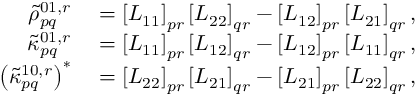
\begin{array} { r l } { \tilde { \rho } _ { p q } ^ { 0 1 , r } } & { { } = \left[ L _ { 1 1 } \right] _ { p r } \left[ L _ { 2 2 } \right] _ { q r } - \left[ L _ { 1 2 } \right] _ { p r } \left[ L _ { 2 1 } \right] _ { q r } , } \\ { \tilde { \kappa } _ { p q } ^ { 0 1 , r } } & { { } = \left[ L _ { 1 1 } \right] _ { p r } \left[ L _ { 1 2 } \right] _ { q r } - \left[ L _ { 1 2 } \right] _ { p r } \left[ L _ { 1 1 } \right] _ { q r } , } \\ { \left( \tilde { \kappa } _ { p q } ^ { 1 0 , r } \right) ^ { * } } & { { } = \left[ L _ { 2 2 } \right] _ { p r } \left[ L _ { 2 1 } \right] _ { q r } - \left[ L _ { 2 1 } \right] _ { p r } \left[ L _ { 2 2 } \right] _ { q r } , } \end{array}